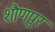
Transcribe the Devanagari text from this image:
शौणपुर